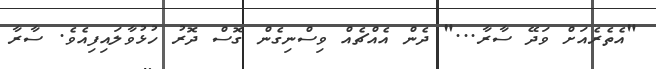
"އެތެރެއަށް ވަދޭ ސާރާ..." ދެން އެއްޗެއް ވިސްނިގެން ގޮސް ދޮރު ހުޅުވާލައިފިއެވެ. ސާރާ